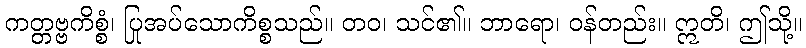
ကတ္တဗ္ဗကိစ္စံ၊ ပြုအပ်သောကိစ္စသည်။ တဝ၊ သင်၏။ ဘာရော၊ ဝန်တည်း။ ဣတိ၊ ဤသို့။